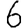
Digit: 6